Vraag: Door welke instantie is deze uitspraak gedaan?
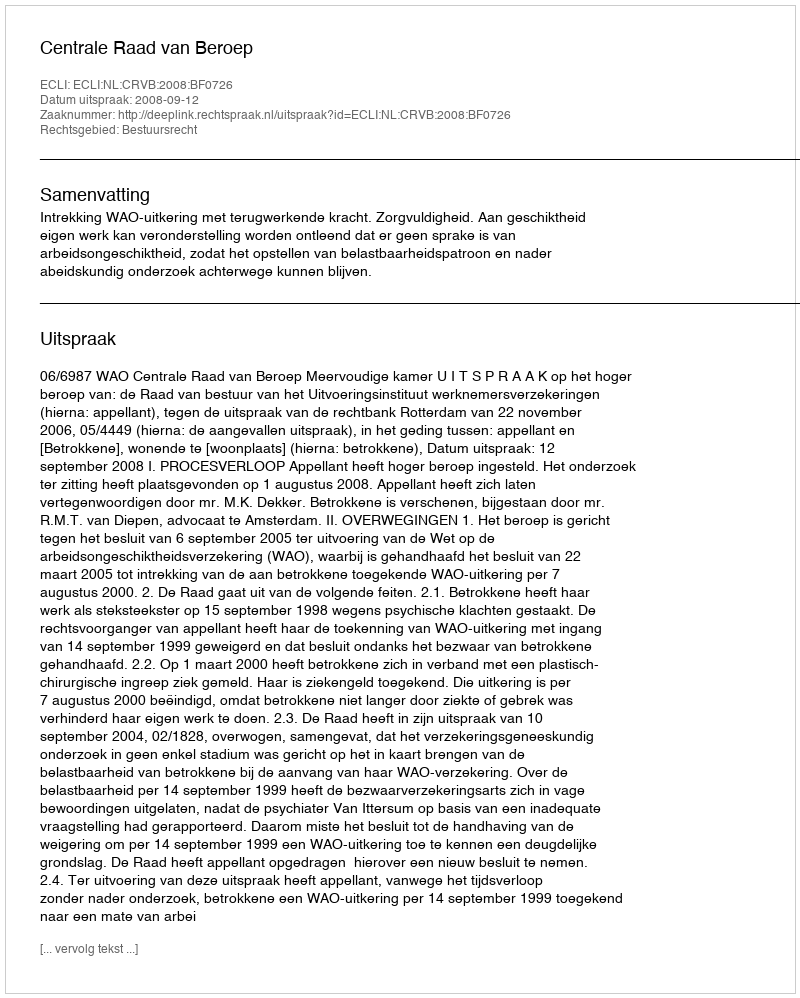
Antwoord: Centrale Raad van Beroep